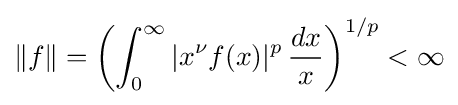
\|f\|=\left(\int _{0}^{\infty }|x^{\nu }f(x)|^{p}\,{\frac {dx}{x}}\right)^{1/p}<\infty